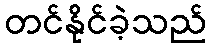
တင်နိုင်ခဲ့သည်